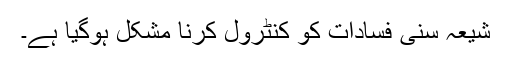
شیعہ سنی فسادات کو کنٹرول کرنا مشکل ہوگیا ہے۔